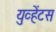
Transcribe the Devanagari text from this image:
युव्हेंटस